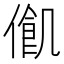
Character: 𠍃